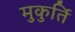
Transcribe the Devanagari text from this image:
मुकुर्ति